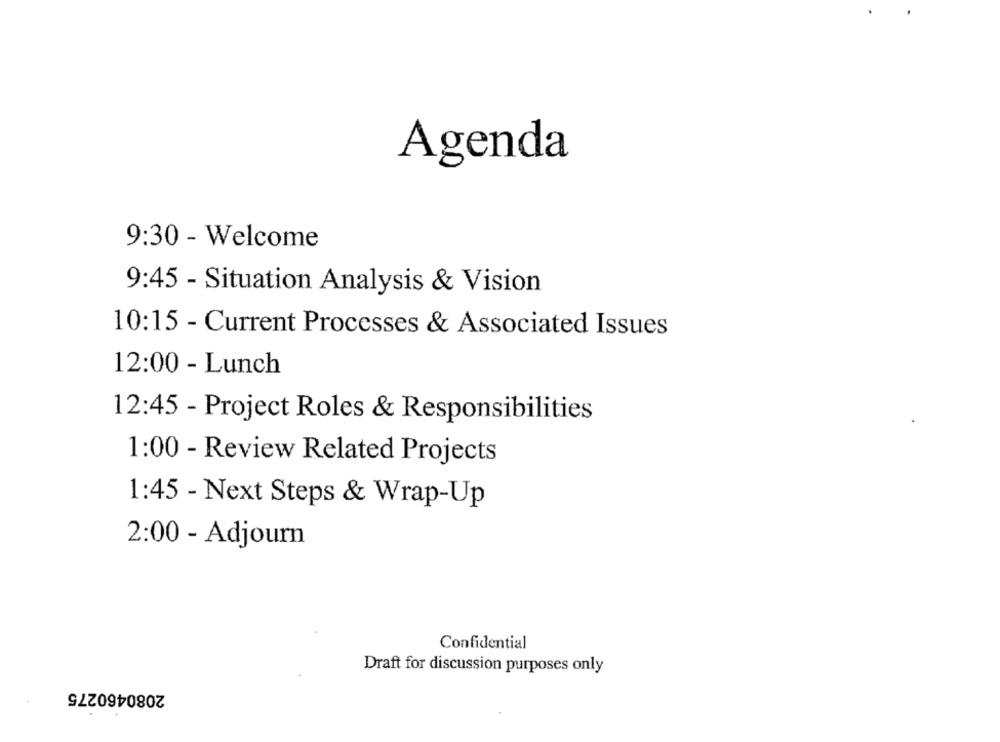
Agenda
9:30 - Welcome
9:45 - Situation Analysis & Vision
10:15 - Current Processes & Associated Issues
12:00 - Lunch
12:45 - Project Roles & Responsibilities
1:00 - Review Related Projects
1:45 - Next Steps & Wrap-Up
2:00 - Adjourn
Confidential
Draft for discussion purposes only
2080460275